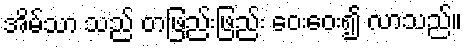
အိမ်သာ သည် တဖြည်းဖြည်း ဝေးဝေး၍ လာသည်။